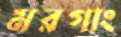
মরগাং